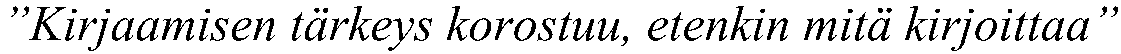
”Kirjaamisen tärkeys korostuu, etenkin mitä kirjoittaa”